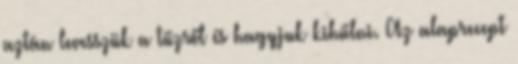
aztán levesszük a tűzről és hagyjuk kihűlni. Az alaprecept